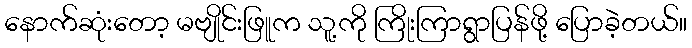
နောက်ဆုံးတော့ မဗျိုင်းဖြူက သူ့ကို ကြိုးကြာရွာပြန်ဖို့ ပြောခဲ့တယ်။